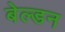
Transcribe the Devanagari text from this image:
बेल्डन